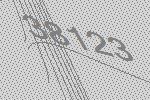
38123